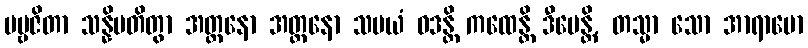
ပဗ္ဗဇိတာ သန္နိပတိတွာ အတ္တနော အတ္တနော သမယံ ဝဒန္တိ ကထေန္တိ ဒီပေန္တိ, တသ္မာ သော အာရာမော